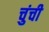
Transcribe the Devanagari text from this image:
चुंची